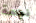
نجمة